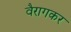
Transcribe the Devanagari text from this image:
वैरागकर